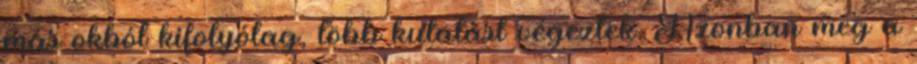
más okból kifolyólag, több kutatást végeztek. Azonban még a